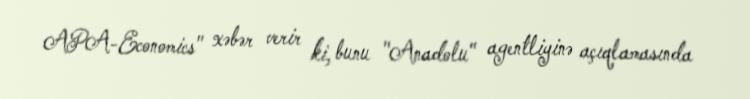
APA-Economics" xəbər verir ki, bunu "Anadolu" agentliyinə açıqlamasında